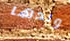
ولدها